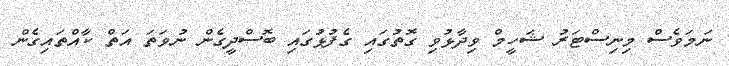
ނަމަވެސް މިނިސްޓަރު ޝަހީމް ވިދާޅުވި ގޮތުގައި ގެފުޅުގައި ބޮސްދީގެން ނުވަތަ އަތް ކާއްތައިގެން